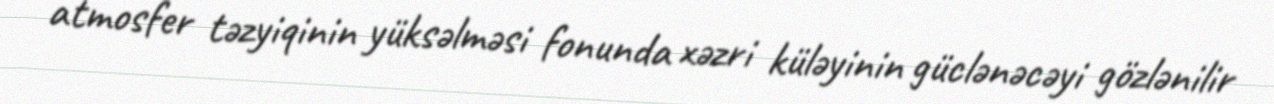
atmosfer təzyiqinin yüksəlməsi fonunda xəzri küləyinin güclənəcəyi gözlənilir